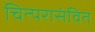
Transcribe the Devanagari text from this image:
चित्परासंवित्